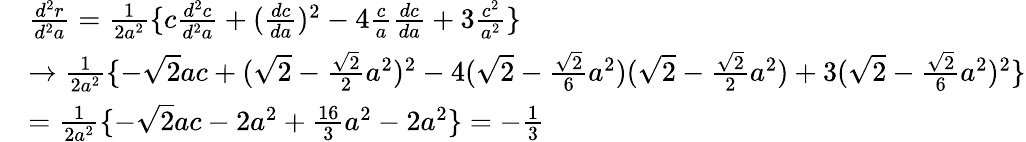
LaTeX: \begin{array}{rl}&{\frac{d^{2}r}{d^{2}a}=\frac{1}{2a^{2}}\lbrace c\frac{d^{2}c}{d^{2}a}+(\frac{dc}{da})^{2}-4\frac{c}{a}\frac{dc}{da}+3\frac{c^{2}}{a^{2}}\rbrace}\\ &{\rightarrow\frac{1}{2a^{2}}\lbrace-\sqrt{2}ac+(\sqrt{2}-\frac{\sqrt{2}}{2}a^{2})^{2}-4(\sqrt{2}-\frac{\sqrt{2}}{6}a^{2})(\sqrt{2}-\frac{\sqrt{2}}{2}a^{2})+3(\sqrt{2}-\frac{\sqrt{2}}{6}a^{2})^{2}\rbrace}\\ &{=\frac{1}{2a^{2}}\lbrace-\sqrt{2}ac-2a^{2}+\frac{16}{3}a^{2}-2a^{2}\rbrace=-\frac{1}{3}}\end{array}